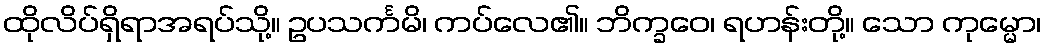
ထိုလိပ်ရှိရာအရပ်သို့။ ဥပသင်္ကမိ၊ ကပ်လေ၏။ ဘိက္ခဝေ၊ ရဟန်းတို့။ သော ကုမ္မော၊